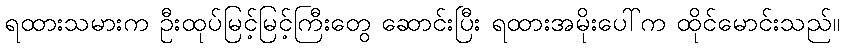
ရထားသမားက ဦးထုပ်မြင့်မြင့်ကြီးတွေ ဆောင်းပြီး ရထားအမိုးပေါ်က ထိုင်မောင်းသည်။